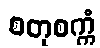
စတုစက္ကံ